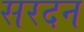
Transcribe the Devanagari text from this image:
सरदन